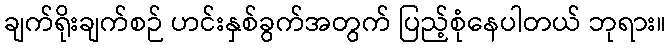
ချက်ရိုးချက်စဉ် ဟင်းနှစ်ခွက်အတွက် ပြည့်စုံနေပါတယ် ဘုရား။